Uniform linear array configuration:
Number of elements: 8
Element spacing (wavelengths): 0.25
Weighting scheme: blackman
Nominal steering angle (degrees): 60
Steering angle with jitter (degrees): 61.124
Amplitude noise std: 0.05
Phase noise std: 0.05

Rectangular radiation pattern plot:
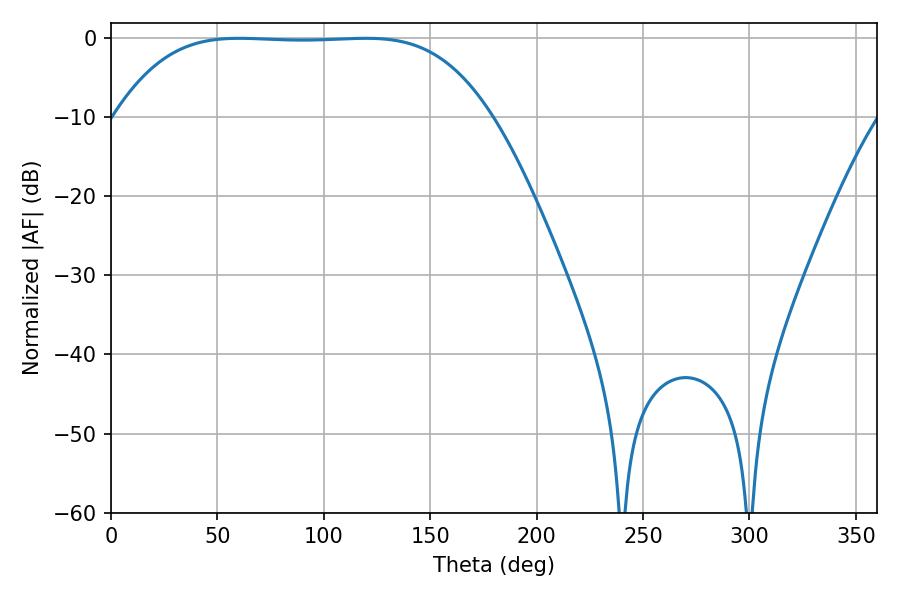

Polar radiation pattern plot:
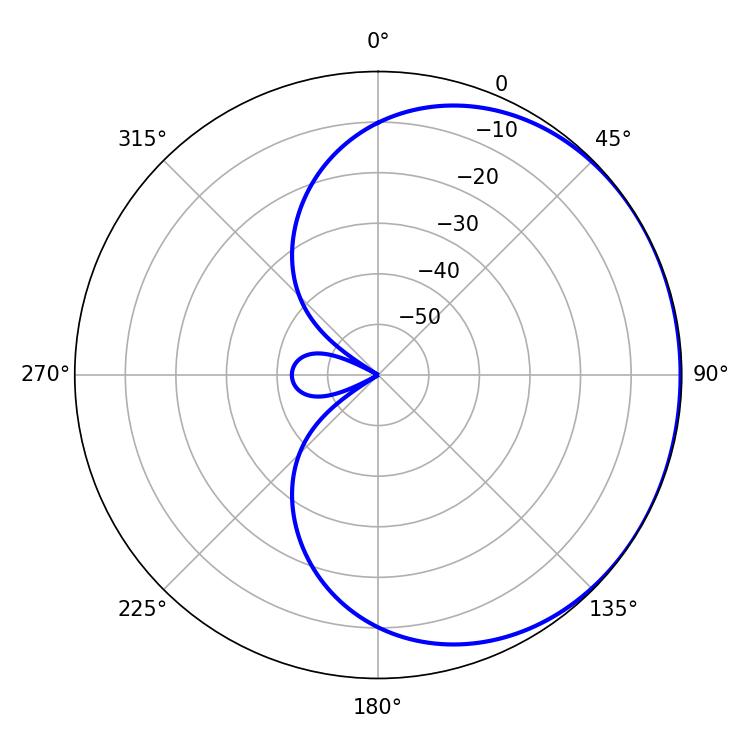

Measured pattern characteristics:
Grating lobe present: FALSE
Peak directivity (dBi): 0.5713
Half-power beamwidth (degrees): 134.28
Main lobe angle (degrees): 60.12